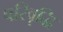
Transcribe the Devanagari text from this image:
परिवृद्धि